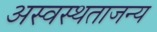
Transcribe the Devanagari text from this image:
अस्वस्थताजन्य